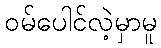
ဝမ်ပေါင်လဲ့မှာမူ